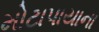
મોટાપાયાના